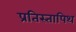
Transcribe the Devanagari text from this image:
प्रतिस्तापिथ